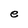
Character: e